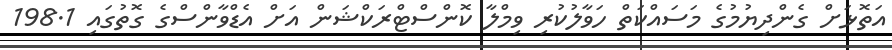
އަތޮޅަށް ގެންދިޔުމުގެ މަސައްކަތް ހަވާލުކުރި ވިމްލާ ކޮންސްޓްރަކްޝަން އަށް އެޑްވާންސްގެ ގޮތުގައި 198.1